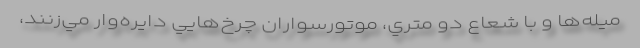
ميله‌ها و با شعاع دو متري، موتور‌سواران چرخ‌هايي دايره‌‌وار مي‌زنند،